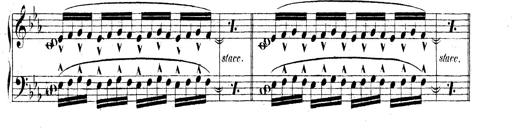
Title: Technische Studien
Composer: Franz Liszt